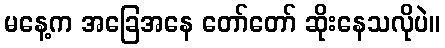
မနေ့က အခြေအနေ တော်တော် ဆိုးနေသလိုပဲ။